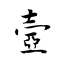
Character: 壼